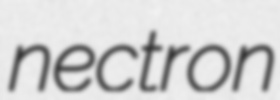
nectron